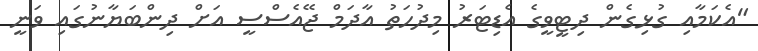
"އެކަމާއި ގުޅިގެން ދިޓީވީގެ އެޑިޓަރު މިދުހަތު އާދަމް ޖޭއެސްސީ އަށް ދިންބަޔާނުގައި ވަނީ